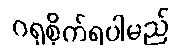
ဂရုစိုက်ရပါမည်